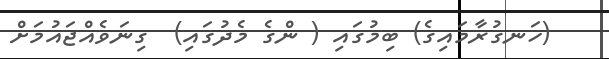
(ހަނގުރާމައިގެ) ބިމުގައި ( ންގެ މެދުގައި)  ގިނަވެއްޖައުމަށް